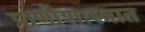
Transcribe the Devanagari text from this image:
प्राणीशास्त्रात